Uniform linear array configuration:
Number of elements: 24
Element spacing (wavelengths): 0.75
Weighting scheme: hann
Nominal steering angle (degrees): -60
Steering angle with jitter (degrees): -58.015
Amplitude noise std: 0.05
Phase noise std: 0.05

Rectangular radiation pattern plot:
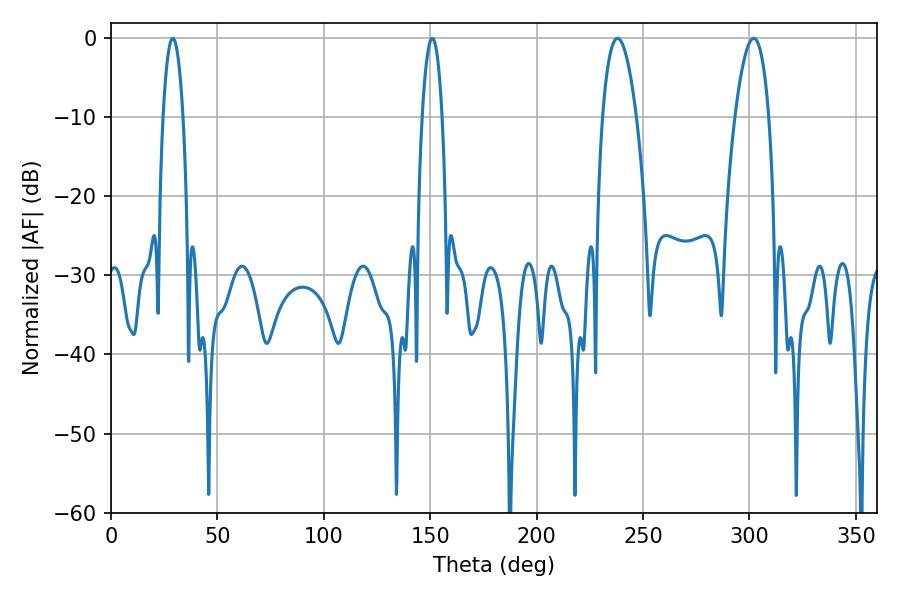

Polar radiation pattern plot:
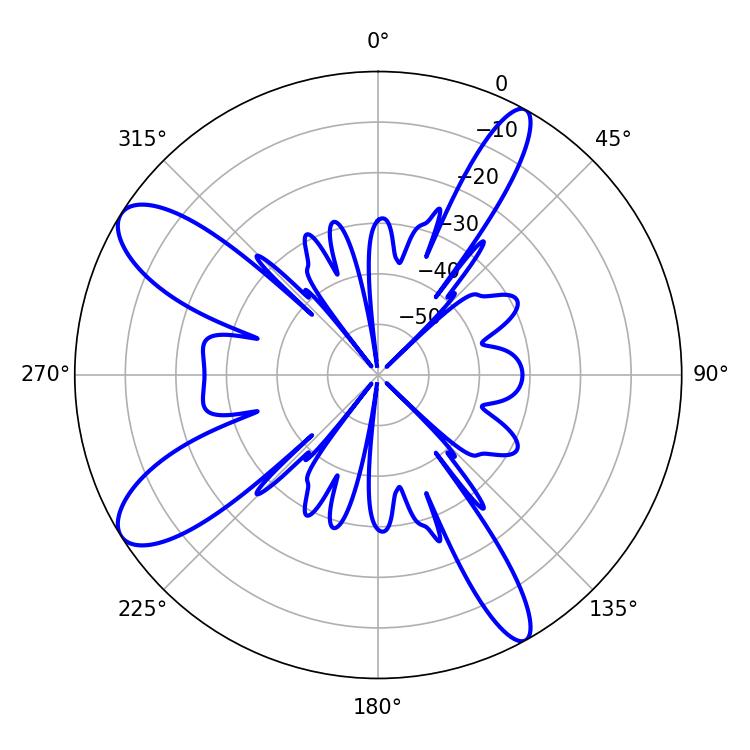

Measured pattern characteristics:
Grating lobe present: TRUE
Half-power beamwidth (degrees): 8.82
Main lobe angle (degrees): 237.96